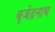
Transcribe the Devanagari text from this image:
बृजेंद्रनाथ